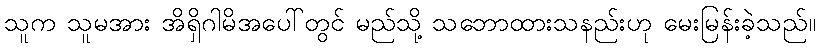
သူက သူမအား အိရှိဂါမိအပေါ်တွင် မည်သို့ သဘောထားသနည်းဟု မေးမြန်းခဲ့သည်။